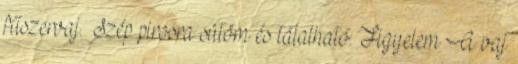
fűszervaj. Szép pirosra sütöm és tálalható. Figyelem A vaj